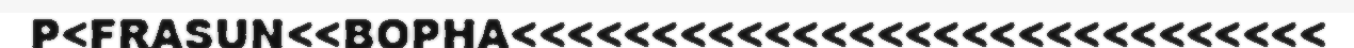
P<FRASUN<<BOPHA<<<<<<<<<<<<<<<<<<<<<<<<<<<<<